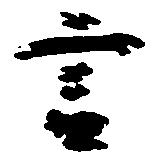
言